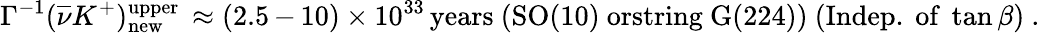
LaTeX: \Gamma^{-1}(\overline{{{\nu}}}K^{+})_{\mathrm{new}}^{\mathrm{upper}}\, \approx(2.5\, \mathrm{-}\, 10)\times 10^{33}\, \mathrm{years}\ \mathrm{(SO(10)~orstring~G(224))}\ (\mathrm{Indep.~of~}\tan\beta)\ .